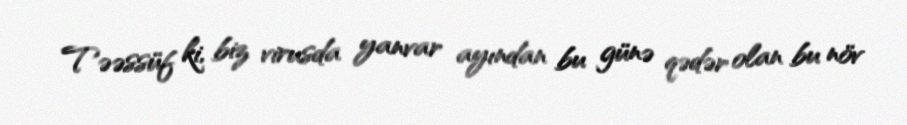
Təəssüf ki, biz virusda yanvar ayından bu günə qədər olan bu növ